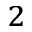
^ 2